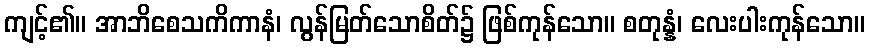
ကျင့်၏။ အာဘိစေသကိကာနံ၊ လွန်မြတ်သောစိတ်၌ ဖြစ်ကုန်သော။ စတုန္နံ၊ လေးပါးကုန်သော။